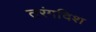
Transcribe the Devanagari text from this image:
तरंगदिश